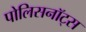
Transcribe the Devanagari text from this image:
पोलिसनॉट्स